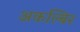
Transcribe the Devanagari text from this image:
अकल्बिर